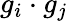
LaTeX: g_{i}\cdot g_{j}